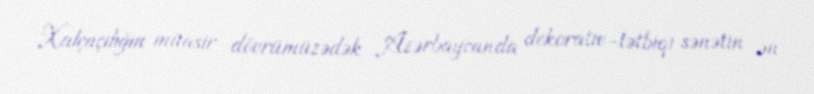
Xalçaçılığın müasir dövrümüzədək Azərbaycanda dekorativ-tətbiqi sənətin ən